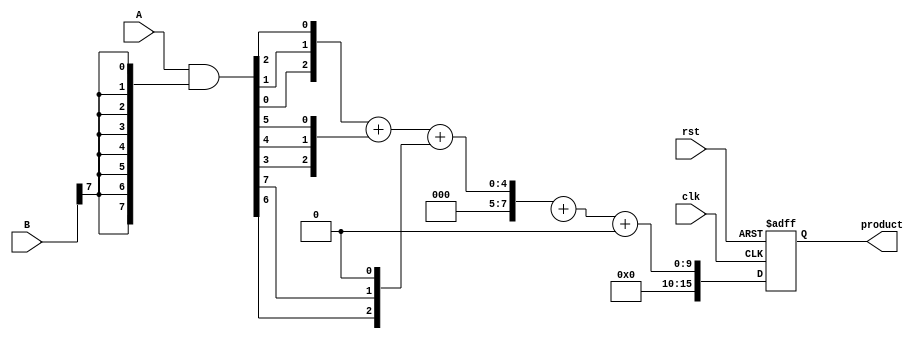
module wallace_tree_multiplier #(
    parameter N = 8 // Bit-width of the operands
)(
    input wire clk,
    input wire rst,
    input wire [N-1:0] A,
    input wire [N-1:0] B,
    output reg [2*N-1:0] product
);

    // Partial products
    wire [N-1:0] pp [0:N-1]; // Partial products (N x N)

    // Generate partial products
    genvar i, j;
    generate
        for (i = 0; i < N; i = i + 1) begin : pp_gen
            assign pp[i] = A & {N{B[i]}};
        end
    endgenerate

    // Wallace tree reduction
    wire [N-1:0] sum [0:N+N-1]; // intermediate sums
    wire [N-1:0] carry [0:N+N-1]; // intermediate carries
    wire [N-1:0] carry_out; // carry out from the final stage

    // Initial stage: direct connection of partial products
    assign sum[0] = pp[0];
    assign carry[0] = 0;

    // Reduction stages
    generate
        for (i = 1; i < N; i = i + 1) begin : reduction
            wire [2:0] a = {pp[i][0], pp[i][1], pp[i][2]};
            wire [2:0] b = {pp[i][3], pp[i][4], pp[i][5]};
            wire [2:0] c = {pp[i][6], pp[i][7], 1'b0};

            // Full adder and half adder logic
            assign {carry[i], sum[i]} = a + b + c; // 3-input addition
        end
    endgenerate

    // Final addition of the last two rows
    wire [2*N-1:0] final_sum;
    wire [2*N-1:0] final_carry;

    assign {final_carry, final_sum} = {1'b0, sum[N-1]} + {1'b0, sum[N]};

    // Synchronous output
    always @(posedge clk or posedge rst) begin
        if (rst) begin
            product <= 0;
        end else begin
            product <= final_sum + final_carry; // Final product
        end
    end

endmodule